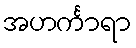
အဟင်္ကာရာ